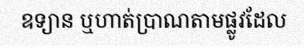
ឧទ្យាន ឬហាត់ប្រាណតាមផ្លូវដែល